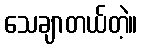
သေချာတယ်တဲ့။